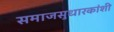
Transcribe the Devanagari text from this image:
समाजसुधारकांशी